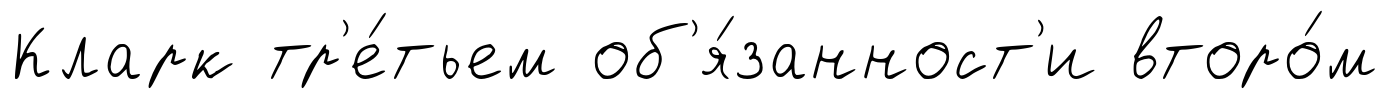
Кларк тр'е́тьем об'я́занност'и второ́м